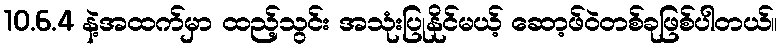
10.6.4 နဲ့အထက်မှာ ထည့်သွင်း အသုံးပြုနိုင်မယ့် ဆော့ဖ်ဝဲတစ်ခုဖြစ်ပါတယ်။